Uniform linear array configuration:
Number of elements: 48
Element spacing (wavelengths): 1
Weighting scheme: exponential
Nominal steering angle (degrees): -15
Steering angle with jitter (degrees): -14.744
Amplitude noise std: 0.05
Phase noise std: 0.05

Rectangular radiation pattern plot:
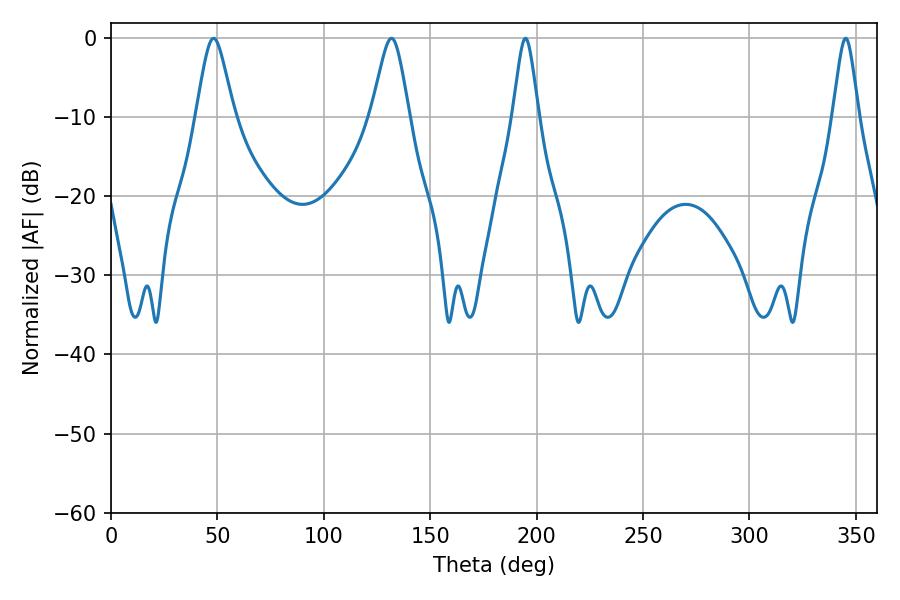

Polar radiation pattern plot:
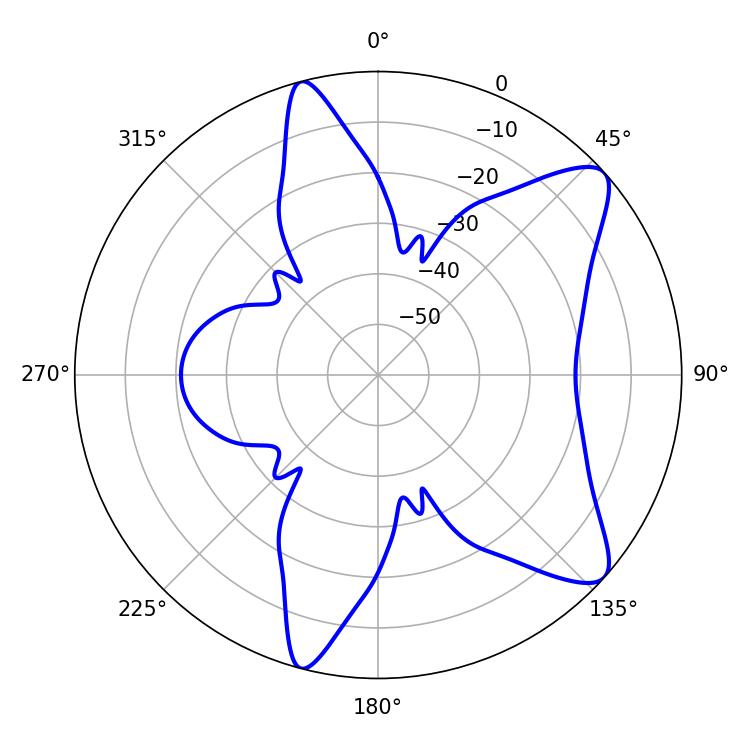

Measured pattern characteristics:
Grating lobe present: TRUE
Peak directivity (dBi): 9.634
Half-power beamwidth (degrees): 5.76
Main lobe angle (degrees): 194.76